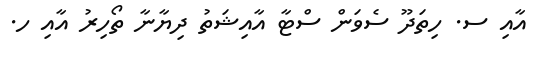
އާއި ސ. ހިތަދޫ ސެވަން ސްޓާ އާއިޝަތު ދިޔާނާ ތޯހިރު އާއި ހ.